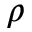
\rho